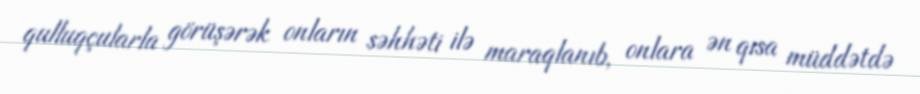
qulluqçularla görüşərək onların səhhəti ilə maraqlanıb, onlara ən qısa müddətdə